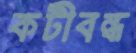
কটীবন্ধ